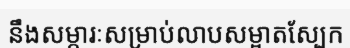
នឹងសម្ភារៈសម្រាប់លាបសម្អាតស្បែក